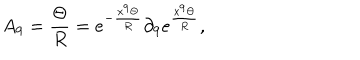
A _ { 9 } = \frac { \Theta } { R } = e ^ { - \frac { x ^ { 9 } \Theta } { R } } \partial _ { 9 } e ^ { \frac { x ^ { 9 } \Theta } { R } } ,